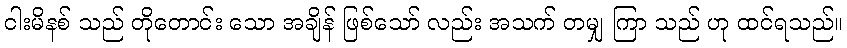
ငါးမိနစ် သည် တိုတောင်း သော အချိန် ဖြစ်သော် လည်း အသက် တမျှ ကြာ သည် ဟု ထင်ရသည်။